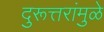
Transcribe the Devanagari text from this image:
दुरूत्तरांमुळे